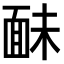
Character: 𩈐